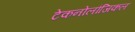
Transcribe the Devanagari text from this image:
टेकनोलौजिकल